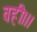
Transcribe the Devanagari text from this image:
वही।।।